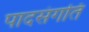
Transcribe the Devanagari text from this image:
पादसंगति